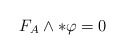
\begin{align*}F_A\wedge\ast\varphi=0\end{align*}